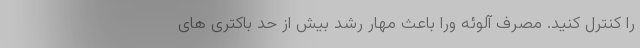
را کنترل کنید. مصرف آلوئه ورا باعث مهار رشد بیش از حد باکتری های